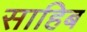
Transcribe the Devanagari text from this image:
साहिब